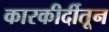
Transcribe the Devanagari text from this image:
कारकीर्दीतून